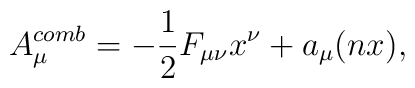
A\sb{\mu}\sp{comb}=-\frac{1}{2}F\sb{\mu\nu}x\sp{\nu}+a\sb{\mu}(nx),